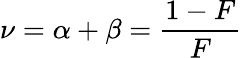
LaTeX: \nu=\alpha+\beta={\frac{1-F}{F}}